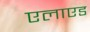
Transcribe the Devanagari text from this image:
एलाएड